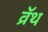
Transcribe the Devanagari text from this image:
व्रॅथ